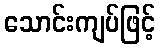
သောင်းကျပ်ဖြင့်